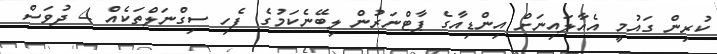
ކުރިން ގައުމީ އެއާލައިނަށް އިންޑިއާގެ ޕާޓްނަރުން ލިބޭނެކަމުގެ ފެހި ސިގްނަލްތަކެއް 4 ދުވަސް